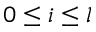
0 \le i \le l